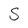
Character: S